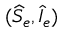
( \widehat { S } _ { e } , \widehat { I } _ { e } )